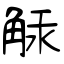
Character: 觨